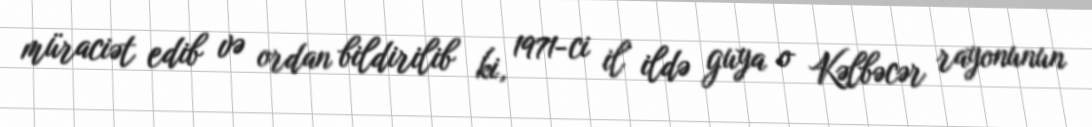
müraciət edib və ordan bildirilib ki, 1971-ci il ildə guya o Kəlbəcər rayonunun